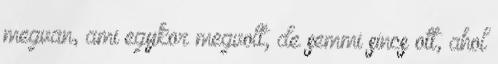
megvan, ami egykor megvolt, de semmi sincs ott, ahol